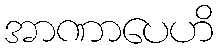
အာဏာပေဟိ